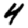
Digit: 4